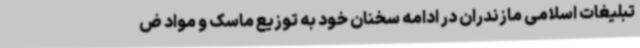
تبلیغات اسلامی مازندران در ادامه سخنان خود به توزیع ماسک و مواد ض